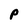
Character: P